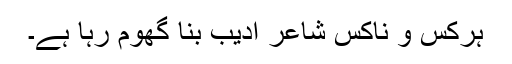
ہرکس و ناکس شاعر ادیب بنا گھوم رہا ہے۔